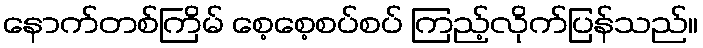
နောက်တစ်ကြိမ် စေ့စေ့စပ်စပ် ကြည့်လိုက်ပြန်သည်။